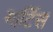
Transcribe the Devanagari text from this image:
मार्टिस